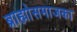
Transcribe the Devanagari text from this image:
ब्राह्मोसमाजका